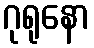
ဂုရုနော